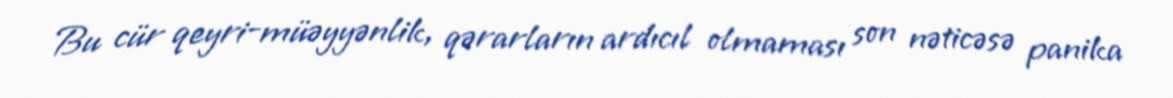
Bu cür qeyri-müəyyənlik, qərarların ardıcıl olmaması son nəticəsə panika